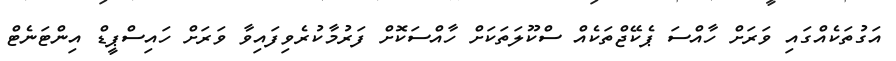
އަގުތަކެއްގައި ވަރަށް ހާއްސަ ޕެކޭޖްތަކެއް ސްކޫލަތަކަށް ހާއްސަކޮށް ފަރުމާކުރެވިފައިވާ ވަރަށް ހައިސްޕީޑް އިންޓަނެޓް